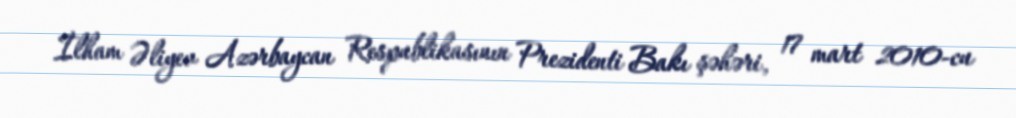
İlham Əliyev Azərbaycan Respublikasının Prezidenti Bakı şəhəri, 17 mart 2010-cu